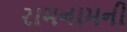
રામનામની